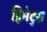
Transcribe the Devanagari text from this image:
हिमेटुस